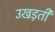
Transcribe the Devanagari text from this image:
उखड़ती